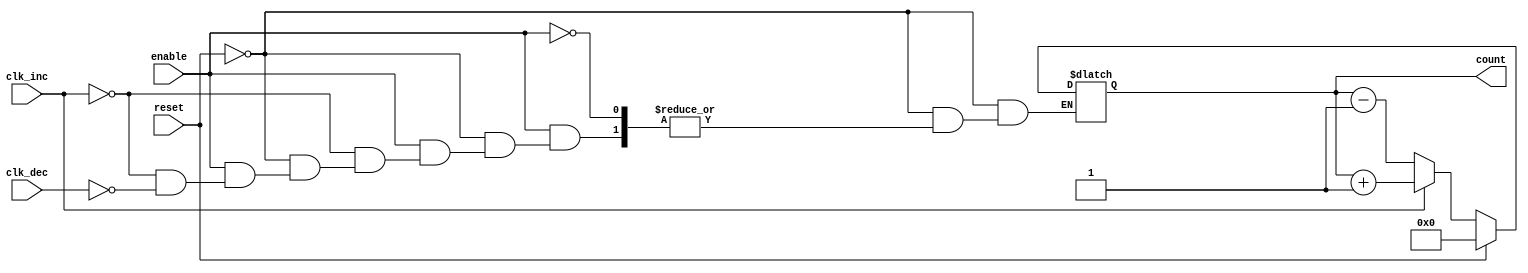
module dynamic_asynchronous_counter (
    input wire clk_inc,         // Asynchronous increment signal
    input wire clk_dec,         // Asynchronous decrement signal
    input wire reset,           // Asynchronous reset signal
    input wire enable,          // Enable signal for counting
    output reg [N-1:0] count    // Output count value
);
    parameter N = 4;            // Number of bits in the counter (modifiable)

    // Asynchronous reset
    always @* begin
        if (reset) begin
            count = 0;          // Reset count to 0
        end else if (enable) begin
            if (clk_inc) begin
                count = count + 1; // Increment count
            end else if (clk_dec) begin
                count = count - 1; // Decrement count
            end
        end
    end

endmodule